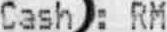
CASH : RM